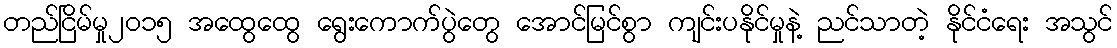
တည်ငြိမ်မှု၂၀၁၅ အထွေထွေ ရွေးကောက်ပွဲတွေ အောင်မြင်စွာ ကျင်းပနိုင်မှုနဲ့ ညင်သာတဲ့ နိုင်ငံရေး အသွင်